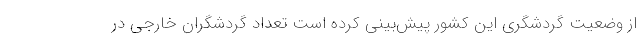
از وضعیت گردشگری این کشور پیش‌بینی کرده است تعداد گردشگران خارجی در